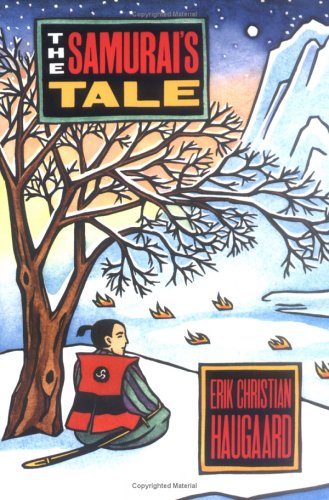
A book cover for The Samurai's Tale; Erik C. Haugaard; Teen & Young Adult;